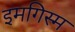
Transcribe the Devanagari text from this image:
इमगिस्म